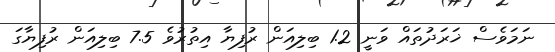
ނަމަވެސް ޚަރަދުތައް ވަނީ 1.2 ބިލިއަން ރުފިޔާ އިތުރުވެ 7.5 ބިލިއަން ރުފިޔާގަ